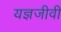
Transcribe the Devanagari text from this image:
यज्ञजीवी